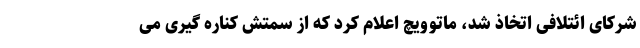
شرکای ائتلافی اتخاذ شد، ماتوویچ اعلام کرد که از سمتش کناره گیری می